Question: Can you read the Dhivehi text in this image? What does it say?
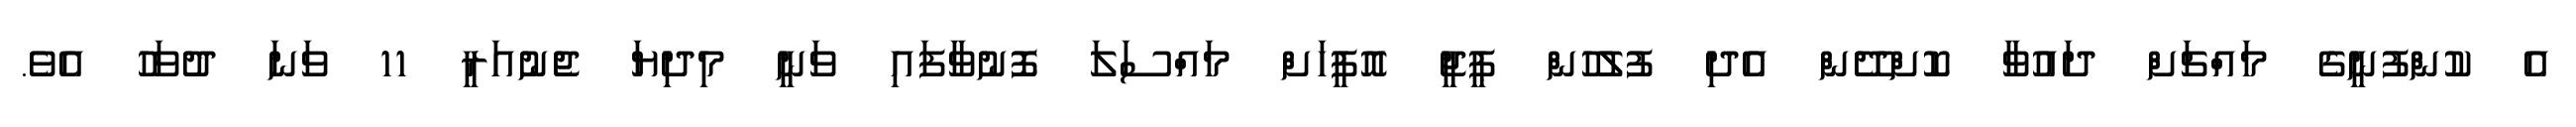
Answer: އެ ކުންފުނީގެ މައްޗަށް ދައުވާ ކޮށްދޭން އެދި ފުލުހުން ޕީޖީ އޮފީހަށް މައްސަލަ ފޮނުވާފައި ވަނީ މިދިޔަ ޖެނުއަރީ 11 ވަނަ ދުވަހު އެވެ.